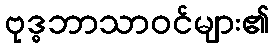
ဗုဒ္ဓဘာသာဝင်များ၏